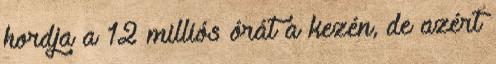
hordja a 12 milliós órát a kezén, de azért